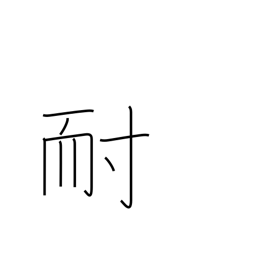
Meaning: enduring